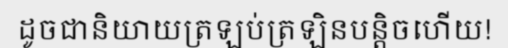
ដូចជានិយាយត្រឡប់ត្រឡិនបន្តិចហើយ!